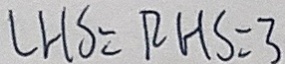
L H S = R H S = 3